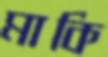
মাকি